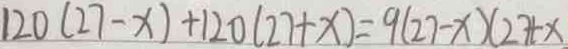
1 2 0 ( 2 7 - x ) + 1 2 0 ( 2 7 + x ) = 9 ( 2 7 - x ) ( 2 7 + x